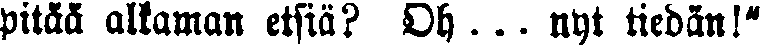
pitää alkaman etsiä? Oh... nyt tiedän!"